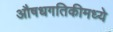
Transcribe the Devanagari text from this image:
औषधगतिकीमध्ये